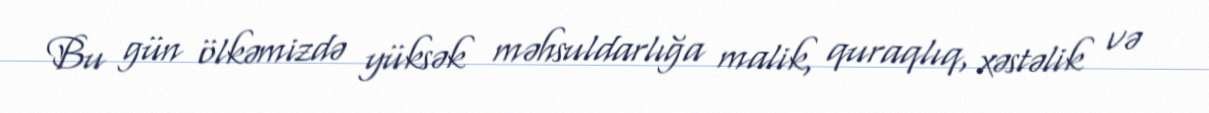
Bu gün ölkəmizdə yüksək məhsuldarlığa malik, quraqlıq, xəstəlik və